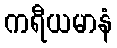
ကရီယမာနံ